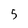
Character: 5